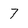
Character: 7